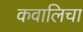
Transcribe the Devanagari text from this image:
कवालिचा